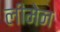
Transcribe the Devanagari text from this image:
लीमेन